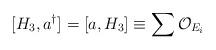
LaTeX: \begin{align*}[H_3, a^\dagger] = [a, H_3] \equiv \sum {\cal O}_{E_i}\end{align*}